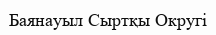
Баянауыл Сыртқы Округі